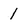
Character: 1